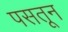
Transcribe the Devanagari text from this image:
पसतून